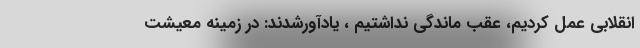
انقلابی عمل کردیم، عقب ماندگی نداشتیم ، یادآورشدند: در زمینه معیشت